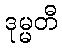
ဒုမ္မတီ